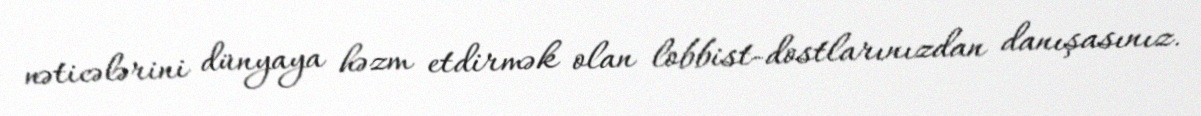
nəticələrini dünyaya həzm etdirmək olan lobbist-dostlarınızdan danışasınız.